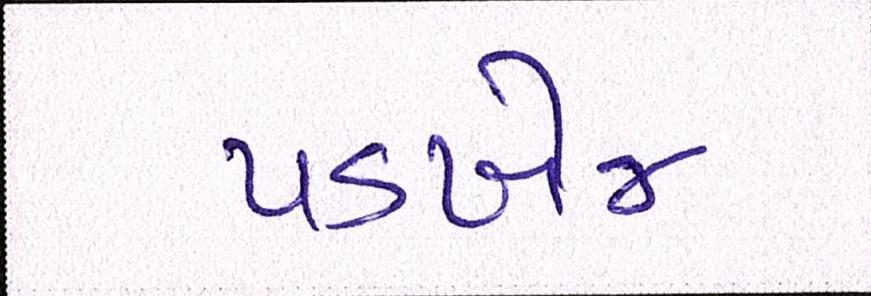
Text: પડખેજ